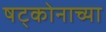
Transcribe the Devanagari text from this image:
षट्कोनाच्या